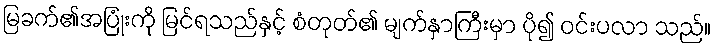
မြခက်၏အပြုံးကို မြင်ရသည်နှင့် စံတုတ်၏ မျက်နှာကြီးမှာ ပို၍ ဝင်းပလာ သည်။